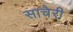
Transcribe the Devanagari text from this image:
साचेरी